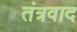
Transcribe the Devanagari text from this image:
तंत्रवाद